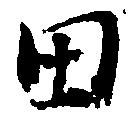
田